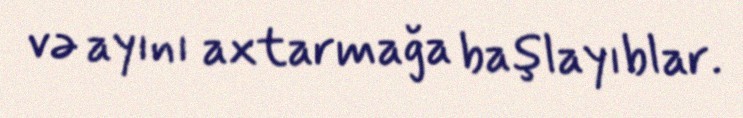
və ayını axtarmağa başlayıblar.